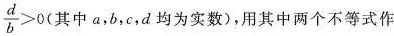
\frac { d } { b } > 0$$(其中a，b，c，d均为实数)，用其中两个不等式作